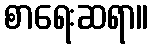
စာရေးဆရာ။